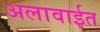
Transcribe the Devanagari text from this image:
अलावाईत